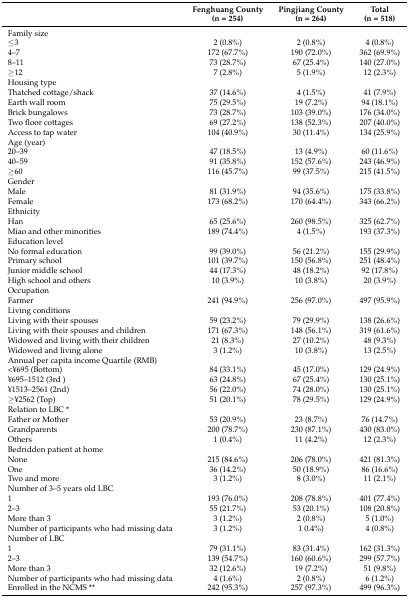
<table><thead><tr><td></td><td><b>Fenghuang County (n = 254)</b></td><td><b>Pingjiang County (n = 264)</b></td><td><b>Total (n = 518)</b></td></tr></thead><tbody><tr><td>Family size</td><td></td><td></td><td></td></tr><tr><td>≤3</td><td>2 (0.8%)</td><td>2 (0.8%)</td><td>4 (0.8%)</td></tr><tr><td>4–7</td><td>172 (67.7%)</td><td>190 (72.0%)</td><td>362 (69.9%)</td></tr><tr><td>8–11</td><td>73 (28.7%)</td><td>67 (25.4%)</td><td>140 (27.0%)</td></tr><tr><td>≥12</td><td>7 (2.8%)</td><td>5 (1.9%)</td><td>12 (2.3%)</td></tr><tr><td>Housing type</td><td></td><td></td><td></td></tr><tr><td>Thatched cottage/shack</td><td>37 (14.6%)</td><td>4 (1.5%)</td><td>41 (7.9%)</td></tr><tr><td>Earth wall room</td><td>75 (29.5%)</td><td>19 (7.2%)</td><td>94 (18.1%)</td></tr><tr><td>Brick bungalows</td><td>73 (28.7%)</td><td>103 (39.0%)</td><td>176 (34.0%)</td></tr><tr><td>Two floor cottages</td><td>69 (27.2%)</td><td>138 (52.3%)</td><td>207 (40.0%)</td></tr><tr><td>Access to tap water</td><td>104 (40.9%)</td><td>30 (11.4%)</td><td>134 (25.9%)</td></tr><tr><td>Age (year)</td><td></td><td></td><td></td></tr><tr><td>20–39</td><td>47 (18.5%)</td><td>13 (4.9%)</td><td>60 (11.6%)</td></tr><tr><td>40–59</td><td>91 (35.8%)</td><td>152 (57.6%)</td><td>243 (46.9%)</td></tr><tr><td>≥60</td><td>116 (45.7%)</td><td>99 (37.5%)</td><td>215 (41.5%)</td></tr><tr><td>Gender</td><td></td><td></td><td></td></tr><tr><td>Male</td><td>81 (31.9%)</td><td>94 (35.6%)</td><td>175 (33.8%)</td></tr><tr><td>Female</td><td>173 (68.2%)</td><td>170 (64.4%)</td><td>343 (66.2%)</td></tr><tr><td>Ethnicity</td><td></td><td></td><td></td></tr><tr><td>Han</td><td>65 (25.6%)</td><td>260 (98.5%)</td><td>325 (62.7%)</td></tr><tr><td>Miao and other minorities</td><td>189 (74.4%)</td><td>4 (1.5%)</td><td>193 (37.3%)</td></tr><tr><td>Education level</td><td></td><td></td><td></td></tr><tr><td>No formal education</td><td>99 (39.0%)</td><td>56 (21.2%)</td><td>155 (29.9%)</td></tr><tr><td>Primary school</td><td>101 (39.7%)</td><td>150 (56.8%)</td><td>251 (48.4%)</td></tr><tr><td>Junior middle school</td><td>44 (17.3%)</td><td>48 (18.2%)</td><td>92 (17.8%)</td></tr><tr><td>High school and others</td><td>10 (3.9%)</td><td>10 (3.8%)</td><td>20 (3.9%)</td></tr><tr><td>Occupation</td><td></td><td></td><td></td></tr><tr><td>Farmer</td><td>241 (94.9%)</td><td>256 (97.0%)</td><td>497 (95.9%)</td></tr><tr><td>Living conditions</td><td></td><td></td><td></td></tr><tr><td>Living with their spouses</td><td>59 (23.2%)</td><td>79 (29.9%)</td><td>138 (26.6%)</td></tr><tr><td>Living with their spouses and children</td><td>171 (67.3%)</td><td>148 (56.1%)</td><td>319 (61.6%)</td></tr><tr><td>Widowed and living with their children</td><td>21 (8.3%)</td><td>27 (10.2%)</td><td>48 (9.3%)</td></tr><tr><td>Widowed and living alone</td><td>3 (1.2%)</td><td>10 (3.8%)</td><td>13 (2.5%)</td></tr><tr><td>Annual per capita income Quartile (RMB)</td><td></td><td></td><td></td></tr><tr><td>&lt;¥695 (Bottom)</td><td>84 (33.1%)</td><td>45 (17.0%)</td><td>129 (24.9%)</td></tr><tr><td>¥695–1512 (3rd )</td><td>63 (24.8%)</td><td>67 (25.4%)</td><td>130 (25.1%)</td></tr><tr><td>¥1513–2561 (2nd)</td><td>56 (22.0%)</td><td>74 (28.0%)</td><td>130 (25.1%)</td></tr><tr><td>≥¥2562 (Top)</td><td>51 (20.1%)</td><td>78 (29.5%)</td><td>129 (24.9%)</td></tr><tr><td>Relation to LBC *</td><td></td><td></td><td></td></tr><tr><td>Father or Mother</td><td>53 (20.9%)</td><td>23 (8.7%)</td><td>76 (14.7%)</td></tr><tr><td>Grandparents</td><td>200 (78.7%)</td><td>230 (87.1%)</td><td>430 (83.0%)</td></tr><tr><td>Others</td><td>1 (0.4%)</td><td>11 (4.2%)</td><td>12 (2.3%)</td></tr><tr><td>Bedridden patient at home</td><td></td><td></td><td></td></tr><tr><td>None</td><td>215 (84.6%)</td><td>206 (78.0%)</td><td>421 (81.3%)</td></tr><tr><td>One</td><td>36 (14.2%)</td><td>50 (18.9%)</td><td>86 (16.6%)</td></tr><tr><td>Two and more</td><td>3 (1.2%)</td><td>8 (3.0%)</td><td>11 (2.1%)</td></tr><tr><td>Number of 3–5 years old LBC</td><td></td><td></td><td></td></tr><tr><td>1</td><td>193 (76.0%)</td><td>208 (78.8%)</td><td>401 (77.4%)</td></tr><tr><td>2–3</td><td>55 (21.7%)</td><td>53 (20.1%)</td><td>108 (20.8%)</td></tr><tr><td>More than 3</td><td>3 (1.2%)</td><td>2 (0.8%)</td><td>5 (1.0%)</td></tr><tr><td>Number of participants who had missing data</td><td>3 (1.2%)</td><td>1 0.4%)</td><td>4 (0.8%)</td></tr><tr><td>Number of LBC</td><td></td><td></td><td></td></tr><tr><td>1</td><td>79 (31.1%)</td><td>83 (31.4%)</td><td>162 (31.3%)</td></tr><tr><td>2–3</td><td>139 (54.7%)</td><td>160 (60.6%)</td><td>299 (57.7%)</td></tr><tr><td>More than 3</td><td>32 (12.6%)</td><td>19 (7.2%)</td><td>51 (9.8%)</td></tr><tr><td>Number of participants who had missing data</td><td>4 (1.6%)</td><td>2 (0.8%)</td><td>6 (1.2%)</td></tr><tr><td>Enrolled in the NCMS **</td><td>242 (95.3%)</td><td>257 (97.3%)</td><td>499 (96.3%)</td></tr></tbody></table>